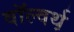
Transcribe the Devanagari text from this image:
वॉल्वर्थ़